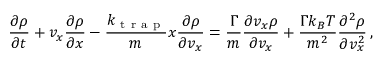
\frac { \partial \rho } { \partial t } + v _ { x } \frac { \partial \rho } { \partial x } - \frac { k _ { \mathrm { ~ t ~ r ~ a ~ p ~ } } } { m } x \frac { \partial \rho } { \partial v _ { x } } = \frac { \Gamma } { m } \frac { \partial v _ { x } \rho } { \partial v _ { x } } + \frac { \Gamma k _ { B } T } { m ^ { 2 } } \frac { \partial ^ { 2 } \rho } { \partial v _ { x } ^ { 2 } } \, ,